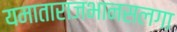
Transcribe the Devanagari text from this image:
यमाताराजभानसलगा